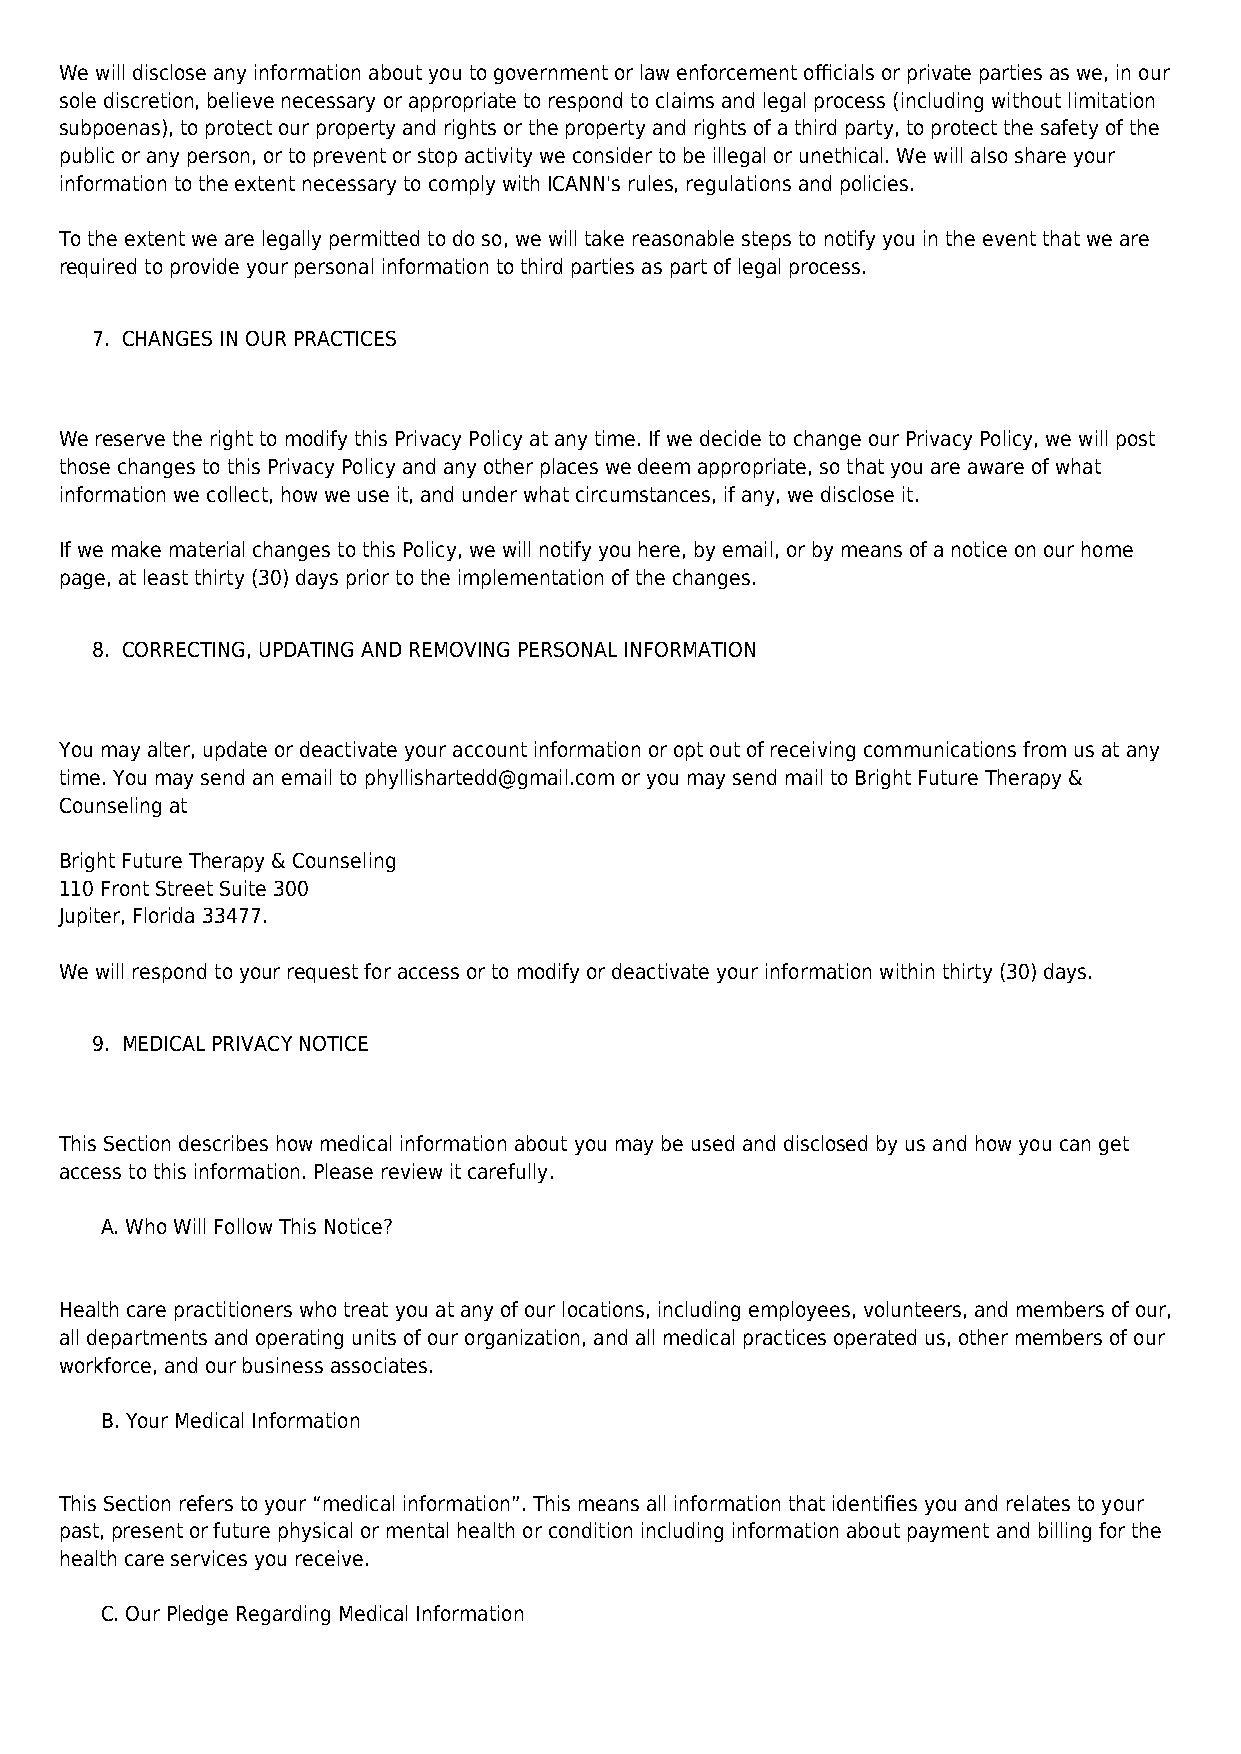
We will disclose any information about you to government or law enforcement officials or private parties as we, in our
 sole discretion, believe necessary or appropriate to respond to claims and legal process (including without limitation
 subpoenas), to protect our property and rights or the property and rights of a third party, to protect the safety of the
 public or any person, or to prevent or stop activity we consider to be illegal or unethical. We will also share your
 information to the extent necessary to comply with ICANN's rules, regulations and policies.
 To the extent we are legally permitted to do so, we will take reasonable steps to notify you in the event that we are
 required to provide your personal information to third parties as part of legal process.
 7. CHANGES IN OUR PRACTICES
 We reserve the right to modify this Privacy Policy at any time. If we decide to change our Privacy Policy, we will post
 those changes to this Privacy Policy and any other places we deem appropriate, so that you are aware of what
 information we collect, how we use it, and under what circumstances, if any, we disclose it.
 If we make material changes to this Policy, we will notify you here, by email, or by means of a notice on our home
 page, at least thirty (30) days prior to the implementation of the changes.
 8. CORRECTING, UPDATING AND REMOVING PERSONAL INFORMATION
 You may alter, update or deactivate your account information or opt out of receiving communications from us at any
 time. You may send an email to phyllishartedd@gmail.com or you may send mail to Bright Future Therapy &
 Counseling at
 Bright Future Therapy & Counseling
 110 Front Street Suite 300
 Jupiter, Florida 33477.
 We will respond to your request for access or to modify or deactivate your information within thirty (30) days.
 9. MEDICAL PRIVACY NOTICE
 This Section describes how medical information about you may be used and disclosed by us and how you can get
 access to this information. Please review it carefully.
 A. Who Will Follow This Notice?
 Health care practitioners who treat you at any of our locations, including employees, volunteers, and members of our,
 all departments and operating units of our organization, and all medical practices operated us, other members of our
 workforce, and our business associates.
 B. Your Medical Information
 This Section refers to your “medical information”. This means all information that identifies you and relates to your
 past, present or future physical or mental health or condition including information about payment and billing for the
 health care services you receive.
 C. Our Pledge Regarding Medical Information